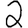
Digit: 2